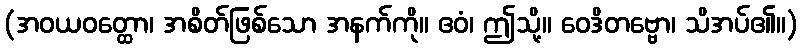
(အဝယဝတ္ထော၊ အစိတ်ဖြစ်သော အနက်ကို။ ဧဝံ၊ ဤသို့။ ဝေဒိတဗ္ဗော၊ သိအပ်၏။)